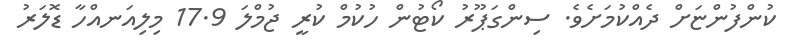
ކުންފުންޏަށް ދެއްކުމަށެވެ. ސިންގަޕޫރު ކޯޓުން ހުކުމް ކުރީ ޖުމްލަ 17.9 މިލިއަނއްހާ ޑޮލަރު